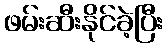
ဖမ်းဆီးနိုင်ခဲ့ပြီး